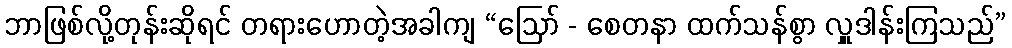
ဘာဖြစ်လို့တုန်းဆိုရင် တရားဟောတဲ့အခါကျ “ဩော် - စေတနာ ထက်သန်စွာ လှူဒါန်းကြသည်”